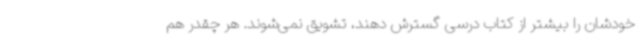
خودشان را بیشتر از کتاب درسی گسترش دهند، تشویق نمی‌شوند. هر چقدر هم